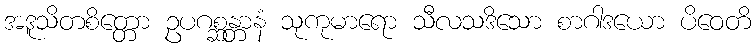
အဒူသိတစိတ္တော ဥပဂစ္ဆန္တာနံ သုကုမာရော သီလသဒိသော စာဂါဒယော ပိဝေတိ